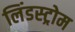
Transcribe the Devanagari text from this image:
लिंडस्ट्रोम